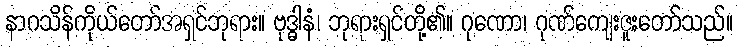
နာဂသိန်ကိုယ်တော်အရှင်ဘုရား။ ဗုဒ္ဓါနံ၊ ဘုရားရှင်တို့၏။ ဂုဏော၊ ဂုဏ်ကျေးဇူးတော်သည်။